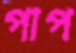
পাপ